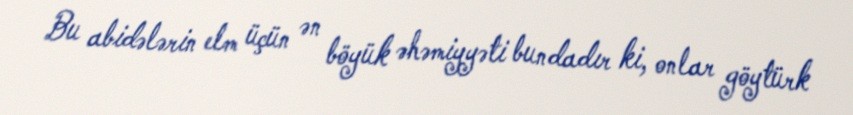
Bu abidələrin elm üçün ən böyük əhəmiyyəti bundadır ki, onlar göytürk